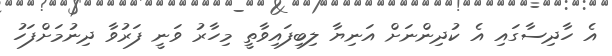
އެ ހާދިސާގައި އެ ކުދިންނަށް އަނިޔާ ލިބިފައިވާތީ މިހާރު ވަނީ ފަރުވާ ދިނުމަށްފަހު